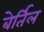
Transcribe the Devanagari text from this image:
बेर्तिल